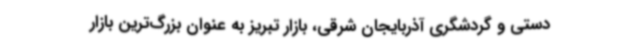
دستی و گردشگری آذربایجان شرقی، بازار تبریز به عنوان بزرگ‌ترین بازار